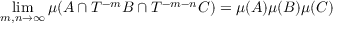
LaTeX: \operatorname* { l i m } _ { m , n \to \infty } \mu ( A \cap T ^ { - m } B \cap T ^ { - m - n } C ) = \mu ( A ) \mu ( B ) \mu ( C )